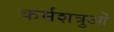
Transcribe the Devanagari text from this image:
कर्मशत्रुओं